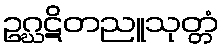
ဥဂ္ဃဋိတညူသုတ္တံ